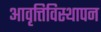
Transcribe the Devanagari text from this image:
आवृत्तिविस्थापन